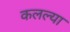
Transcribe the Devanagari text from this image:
कलल्या